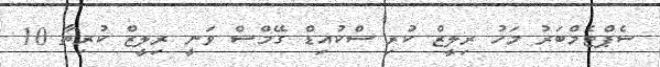
ސެޕްޓެމްބަރު މަހު ރިލީޒް ކުރި ސްކުއިޑް ގޭމްސް ވަނީ ރިލީޒް ކުރިތާ 10